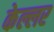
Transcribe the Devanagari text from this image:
केल्लर